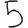
Digit: 5